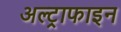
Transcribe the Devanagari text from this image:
अल्ट्राफाइन